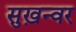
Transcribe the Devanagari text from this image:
सुख़न्वर